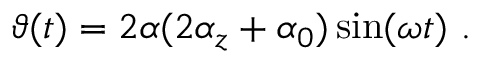
\vartheta ( t ) = 2 \alpha ( 2 \alpha _ { z } + \alpha _ { 0 } ) \sin ( \omega t ) \ .